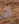
ان